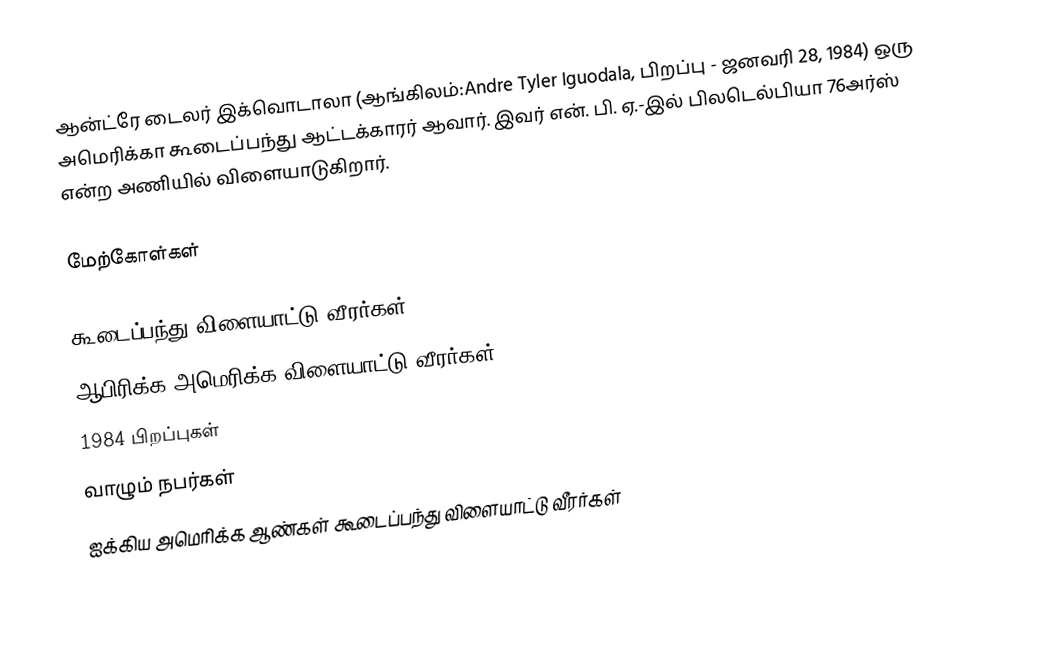
ஆன்ட்ரே டைலர் இக்வொடாலா (ஆங்கிலம்:Andre Tyler Iguodala, பிறப்பு - ஜனவரி 28, 1984) ஒரு அமெரிக்கா கூடைப்பந்து ஆட்டக்காரர் ஆவார். இவர் என். பி. ஏ.-இல் பிலடெல்பியா 76அர்ஸ் என்ற அணியில் விளையாடுகிறார்.

மேற்கோள்கள்

கூடைப்பந்து விளையாட்டு வீரர்கள்
ஆபிரிக்க அமெரிக்க விளையாட்டு வீரர்கள்
1984 பிறப்புகள்
வாழும் நபர்கள்
ஐக்கிய அமெரிக்க ஆண்கள் கூடைப்பந்து விளையாட்டு வீரர்கள்